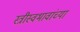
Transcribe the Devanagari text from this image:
स्त्रीस्वभावांच्या